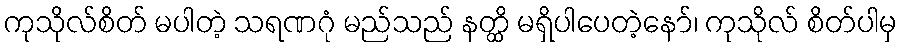
ကုသိုလ်စိတ် မပါတဲ့ သရဏဂုံ မည်သည် နတ္ထိ မရှိပါပေတဲ့နော်၊ ကုသိုလ် စိတ်ပါမှ